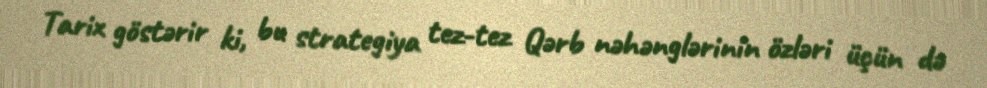
Tarix göstərir ki, bu strategiya tez-tez Qərb nəhənglərinin özləri üçün də